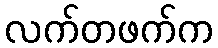
လက်တဖက်က